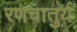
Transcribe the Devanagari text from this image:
रणचातुर्य